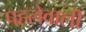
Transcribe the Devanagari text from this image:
पहलेवाली